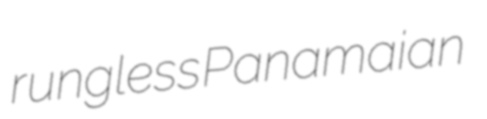
rungless Panamaian